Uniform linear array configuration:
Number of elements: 48
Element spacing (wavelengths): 0.75
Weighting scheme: cosine
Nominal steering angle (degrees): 60
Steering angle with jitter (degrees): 59.718
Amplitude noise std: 0.05
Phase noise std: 0.05

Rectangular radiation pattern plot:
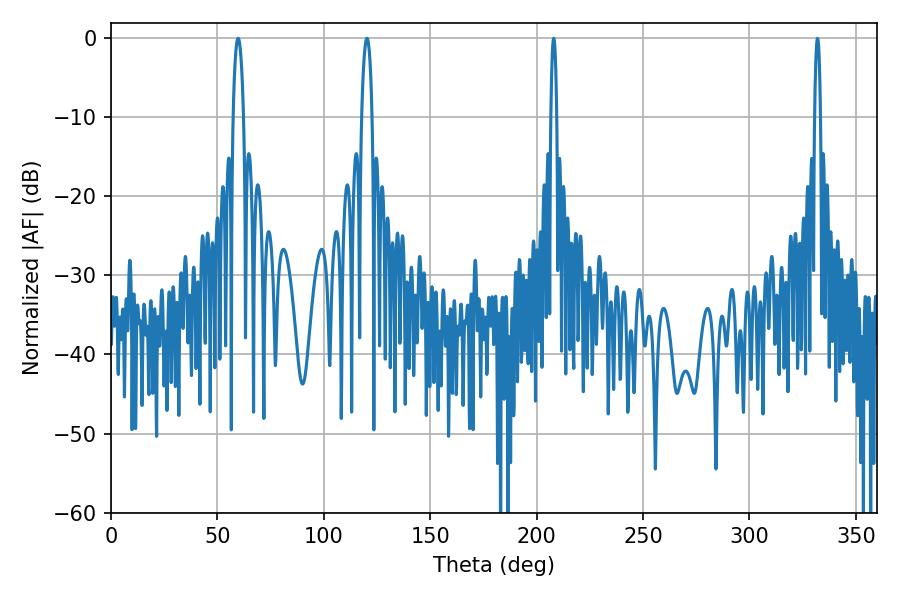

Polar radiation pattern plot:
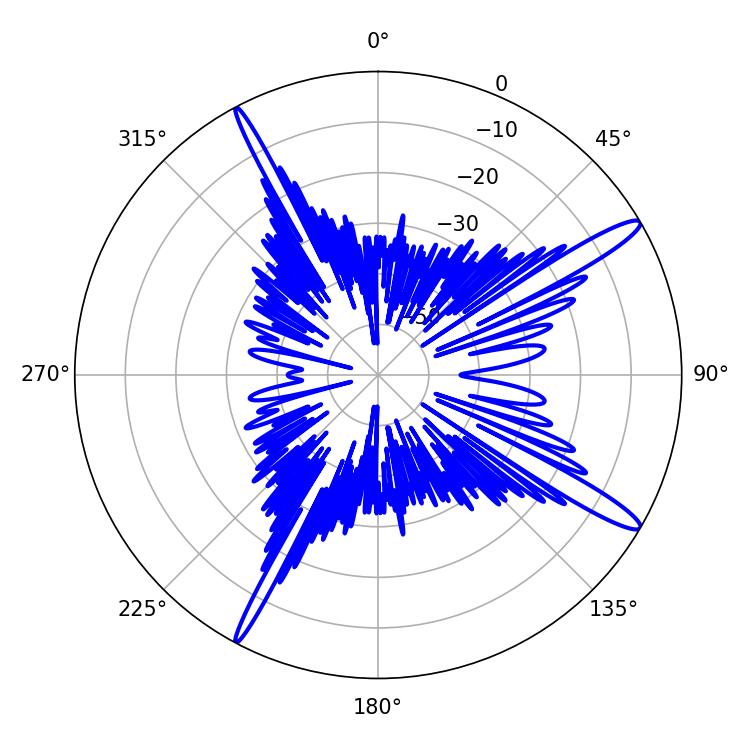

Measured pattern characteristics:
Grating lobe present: TRUE
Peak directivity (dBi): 14.83
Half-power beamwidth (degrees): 2.88
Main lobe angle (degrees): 59.76